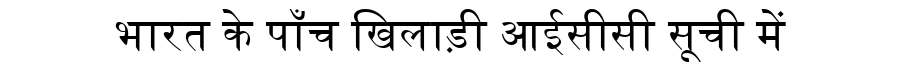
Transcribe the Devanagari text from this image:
भारत के पाँच खिलाड़ी आईसीसी सूची में